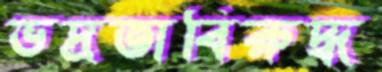
ভদ্রতাবিরুদ্ধ